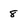
Character: 8